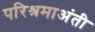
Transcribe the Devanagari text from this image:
परिश्रमाअंती